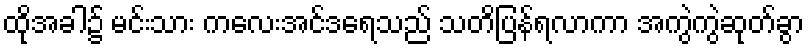
ထိုအခါ၌ မင်းသား ကလေးအင်ဒရေသည် သတိပြန်ရလာကာ အကွဲကွဲဆုတ်ခွာ